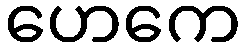
ဟေကေ